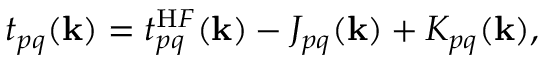
t _ { p q } ( \mathbf k ) = t _ { p q } ^ { \mathrm H F } ( \mathbf k ) - J _ { p q } ( \mathbf k ) + K _ { p q } ( \mathbf k ) ,